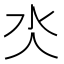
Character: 氼